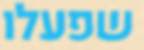
שפעלו